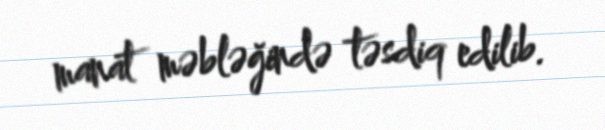
manat məbləğində təsdiq edilib.